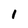
Character: I